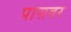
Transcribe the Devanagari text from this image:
पासवर